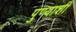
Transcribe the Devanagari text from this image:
पुण्याशी